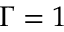
\Gamma = 1